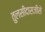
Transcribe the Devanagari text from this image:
तुलसीदासजीसे